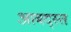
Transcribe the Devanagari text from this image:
आबद्स्त